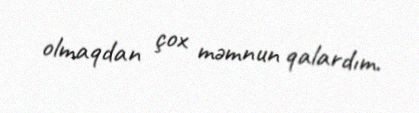
olmaqdan çox məmnun qalardım.